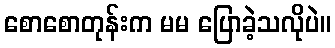
စောစောတုန်းက မမ ပြောခဲ့သလိုပဲ။